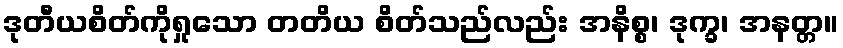
ဒုတီယစိတ်ကိုရှုသော တတိယ စိတ်သည်လည်း အနိစ္စ၊ ဒုက္ခ၊ အနတ္တ။